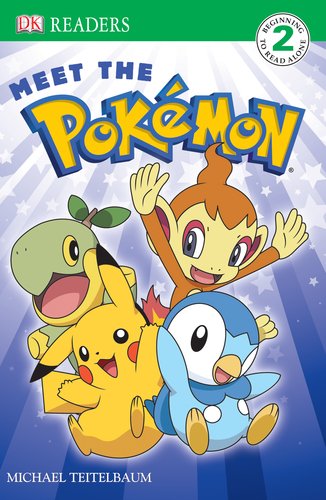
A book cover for Meet the Pokemon (DK Reader - Level 2 (Quality)); Michael Teitelbaum; Computers & Technology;